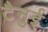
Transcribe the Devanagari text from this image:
टैनुई